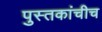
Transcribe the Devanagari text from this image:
पुस्तकांचीच